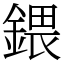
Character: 鍡